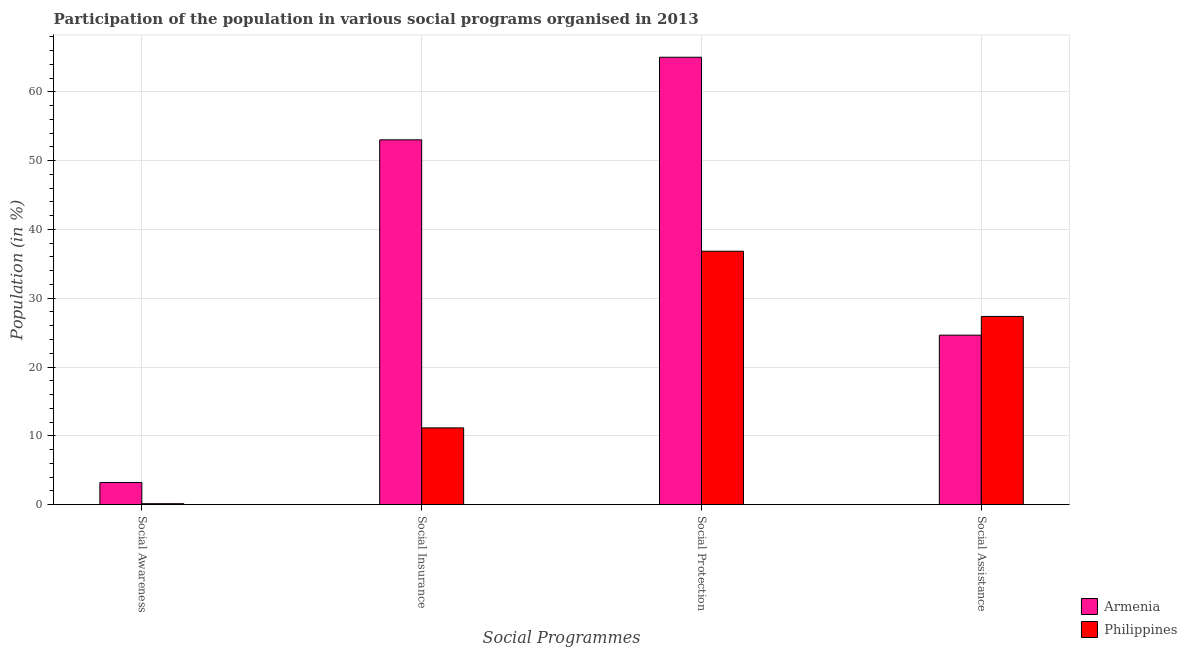
| Social Programmes | Armenia | Philippines |
 | --- | --- | --- |
 | Social Awareness | 3.21 | 0.123 |
 | Social Insurance | 53 | 11.1 |
 | Social Protection | 65 | 36.8 |
 | Social Assistance | 24.6 | 27.4 |